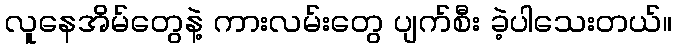
လူနေအိမ်တွေနဲ့ ကားလမ်းတွေ ပျက်စီး ခဲ့ပါသေးတယ်။